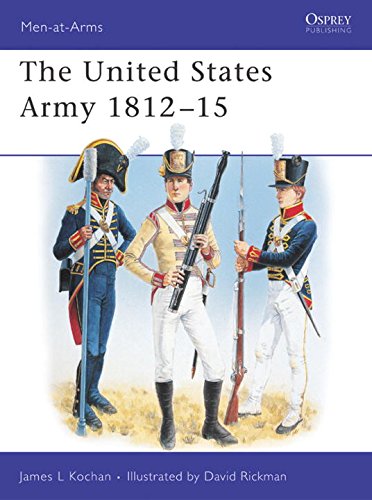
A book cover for The United States Army : 1812-1815 (Men-At-Arms Series, 345); James Kochan; History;